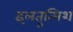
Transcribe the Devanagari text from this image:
इलतुत्मिश